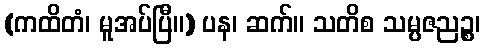
(ကထိတံ၊ မူအပ်ပြီ။) ပန၊ ဆက်။ သတိစ သမ္ပဇညဉ္စ၊